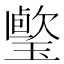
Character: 𤩤